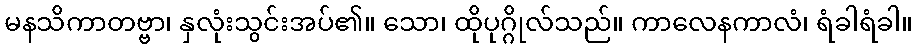
မနသိကာတဗ္ဗာ၊ နှလုံးသွင်းအပ်၏။ သော၊ ထိုပုဂ္ဂိုလ်သည်။ ကာလေနကာလံ၊ ရံခါရံခါ။